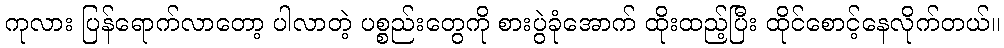
ကုလား ပြန်ရောက်လာတော့ ပါလာတဲ့ ပစ္စည်းတွေကို စားပွဲခုံအောက် ထိုးထည့်ပြီး ထိုင်စောင့်နေလိုက်တယ်။